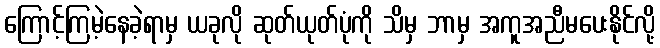
ကြောင့်ကြမဲ့နေခဲ့ရာမှ ယခုလို ဆုတ်ယုတ်ပုံကို သိမှ ဘာမှ အကူအညီမပေးနိုင်လို့